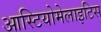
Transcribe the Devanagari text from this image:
आस्टियोमेलाइटिस